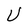
Character: U